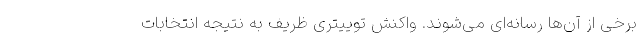
برخی از آن‌ها رسانه‌ای می‌شوند. واکنش توییتری ظریف به نتیجه انتخابات